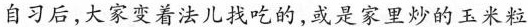
自习后,大家变着法儿找吃的,或是家里炒的玉米粒